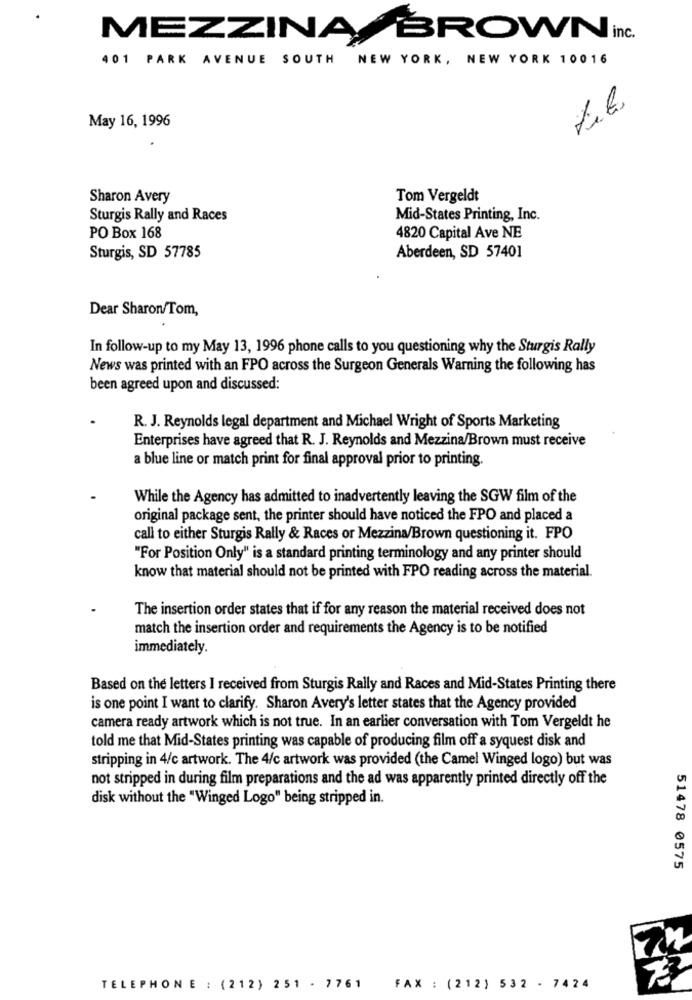
MEZZINABROWN
401 PARK AVENUE SOUTH
NEW YORK, NEW YORK 10016
May 16, 1996
Sharon Avery
Tom Vergeldt
Sturgis Rally and Races
Mid-States Printing, Inc.
PO Box 168
4820 Capital Ave NE
Sturgis, SD 57785
Aberdeen, SD 57401
Dear Sharon/Tom,
In follow-up to my May 13, 1996 phone calls to you questioning why the Sturgis Rally
News was printed with an FPO across the Surgeon Generals Warning the following has
been agreed upon and discussed:
R. J. Reynolds legal department and Michael Wright of Sports Marketing
Enterprises have agreed that R. J. Reynolds and Mezzina/Brown must receive
a blue line or match print for final approval prior to printing.
While the Agency has admitted to inadvertently leaving the SGW film of the
original package sent, the printer should have noticed the FPO and placed a
call to either Sturgis Rally & Races or Mezzina/Brown questioning it. FPO
"For Position Only" is a standard printing terminology and any printer should
know that material should not be printed with FPO reading across the material.
The insertion order states that if for any reason the material received does not
match the insertion order and requirements the Agency is to be notified
immediately.
Based on the letters I received from Sturgis Rally and Races and Mid-States Printing there
is one point I want to clarify. Sharon Avery's letter states that the Agency provided
camera ready artwork which is not true. In an earlier conversation with Tom Vergeldt he
told me that Mid-States printing was capable of producing film off a syquest disk and
stripping in 4/c artwork. The 4/c artwork was provided (the Camel Winged logo) but was
not stripped in during film preparations and the ad was apparently printed directly off the
disk without the "Winged Logo" being stripped in.
51478 0575
TELEPHONE : (212) 251 - 7761
FAX : (212) 532 - 7424